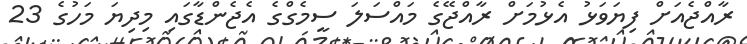
ރާއްޖެއަށް ފިޔަވަޅު އެޅުމަށް ރާއްޖޭގެ މައްސަލަ ސީމެގްގެ އެޖެންޑާގައި މިދިޔަ މަހުގެ 23